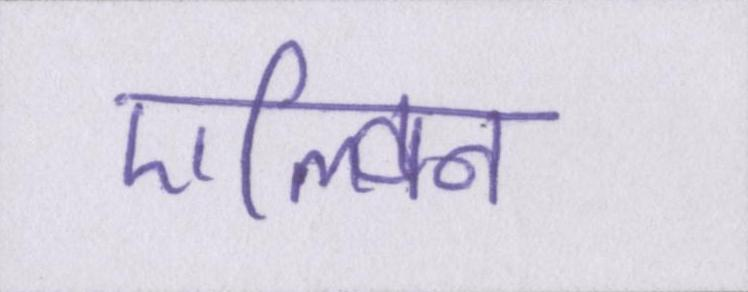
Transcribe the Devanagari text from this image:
एल्विन